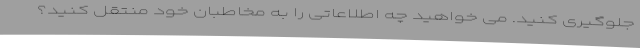
جلوگیری کنید. می خواهید چه اطلاعاتی را به مخاطبان خود منتقل کنید؟